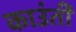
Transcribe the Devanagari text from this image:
काउंती